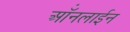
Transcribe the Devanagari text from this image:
ऑंनलाईन